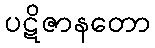
ပဋိဇာနတော